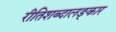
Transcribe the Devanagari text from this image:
रीतिशब्दालङ्कार